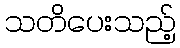
သတိပေးသည့်